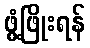
ဖွံ့ဖြိုးရန်